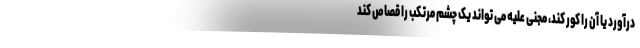
درآورد یا آن را کور کند، مجنی علیه می تواند یک چشم مرتکب را قصاص کند